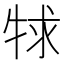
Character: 𤙠